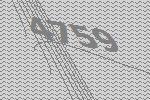
4759